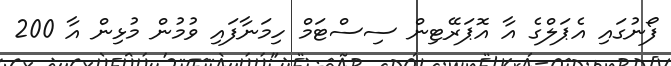
ފޯނުގައި އެޕަލްގެ އާ އޮޕަރޭޓިން ސިސްޓަމް ހިމަނާފައި ވުމުން މުޅިން އާ 200